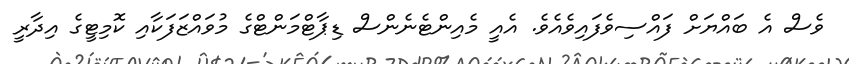
ވެސް އެ ބައްޔަށް ފައްސިވެފައިވެއެވެ. އެއީ މެއިންޓެނެންސް ޑިޕާޓްމަންޓްގެ މުވައްޒަފަކާއި ކޮމިޓީގެ އިދާރީ